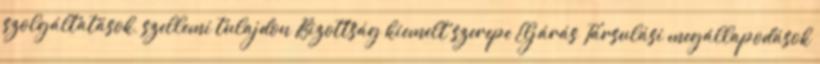
szolgáltatások, szellemi tulajdon Bizottság kiemelt szerepe Eljárás Társulási megállapodások